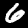
Digit: 6